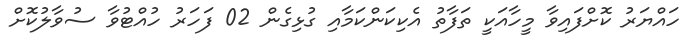
ހައްޔަރު ކޮށްފައިވާ މީހާއަކީ ތަފާތު އެކިކަންކަމާއި ގުޅިގެން 02 ފަހަރު ހުއްޓުވާ ސުވާލުކޮށް